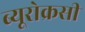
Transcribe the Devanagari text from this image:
ब्यूरोक्रसी